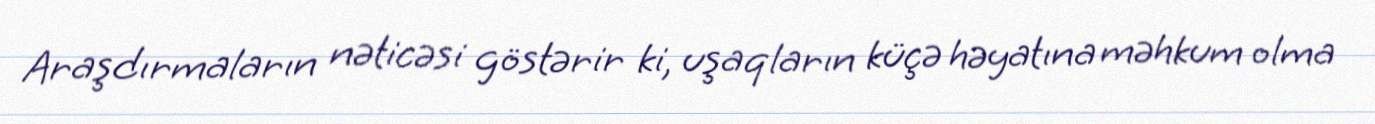
Araşdırmaların nəticəsi göstərir ki, uşaqların küçə həyatına məhkum olma